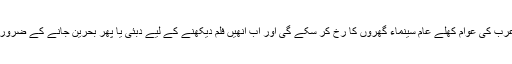
اب سے سعودی عرب کی عوام کھلے عام سینماء گھروں کا رخ کر سکے گی اور اب انھیں فلم دیکھنے کے لیے دبئی یا پھر بحرین جانے کے ضرورت نہیں پڑے گی۔